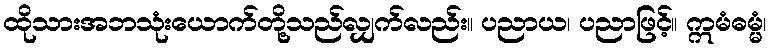
ထိုသားအဘသုံးယောက်တို့သည်လျှက်လည်း။ ပညာယ၊ ပညာဖြင့်။ ဣမံဓမ္မံ၊